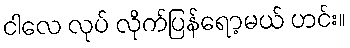
ငါလေ လုပ် လိုက်ပြန်ရော့မယ် ဟင်း။